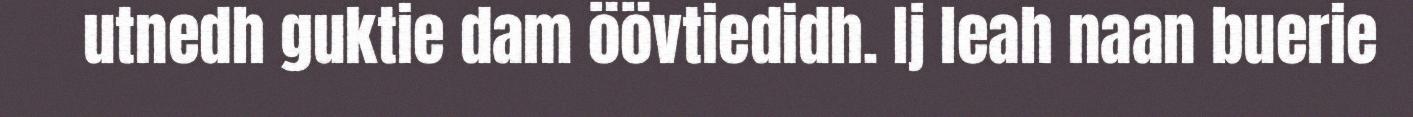
utnedh guktie dam öövtiedidh. Ij leah naan buerie